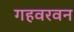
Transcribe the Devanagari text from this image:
गहवरवन